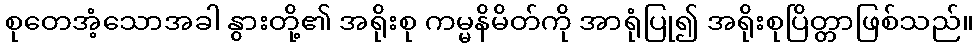
စုတေအံ့သောအခါ နွားတို့၏ အရိုးစု ကမ္မနိမိတ်ကို အာရုံပြု၍ အရိုးစုပြိတ္တာဖြစ်သည်။